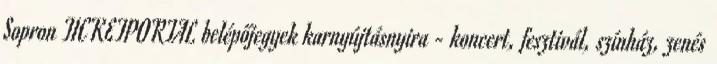
Sopron TICKETPORTAL belépőjegyek karnyújtásnyira - koncert, fesztivál, színház, zenés